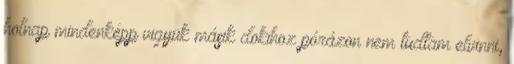
holnap mindenképp vigyük másik dokihoz pórázon nem tudtam elvinni,